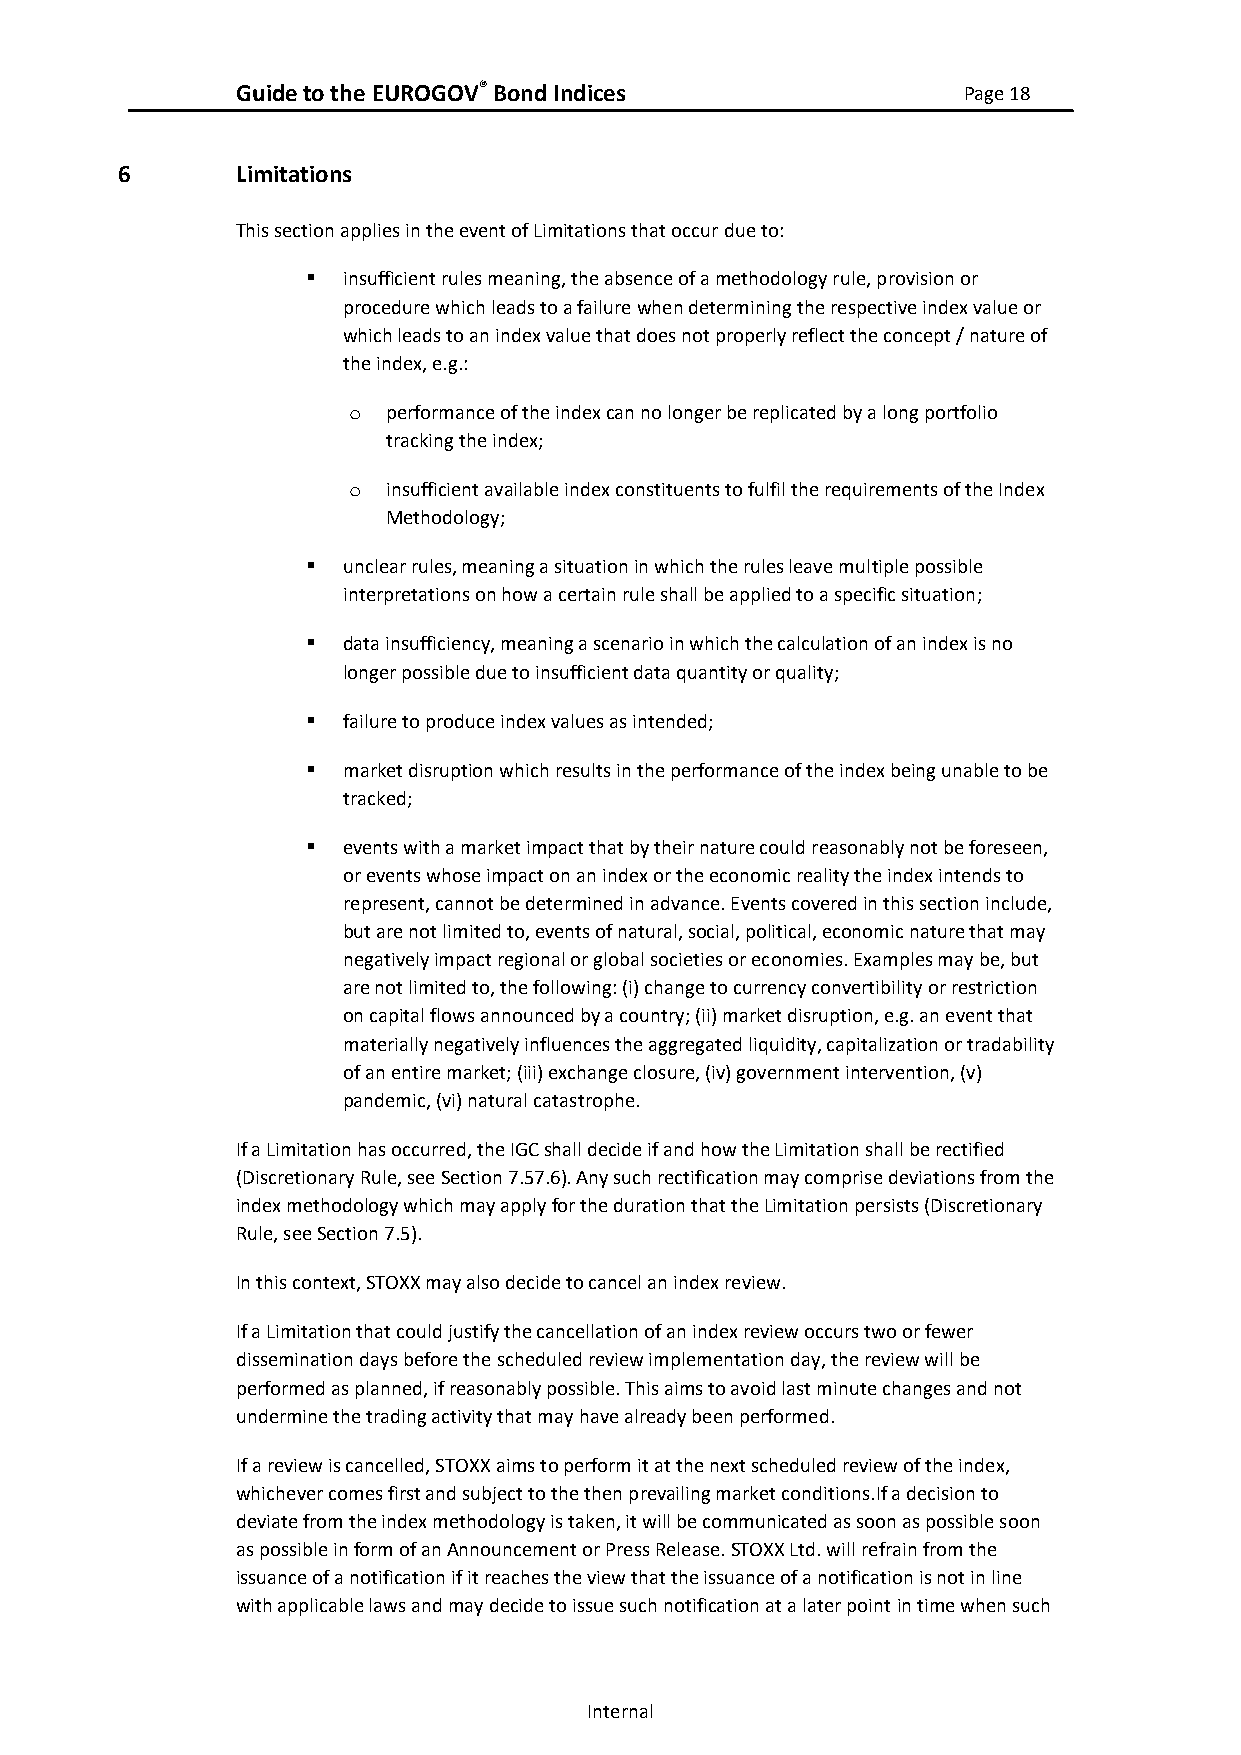
Guide to the EUROGOV® Bond Indices              Page 18
 6       Limitations
 This section applies in the event of Limitations that occur due to:
 ▪  insufficient rules meaning, the absence of a methodology rule, provision or
 procedure which leads to a failure when determining the respective index value or
 which leads to an index value that does not properly reflect the concept / nature of
 the index, e.g.:
 o  performance of the index can no longer be replicated by a long portfolio
 tracking the index;
 o  insufficient available index constituents to fulfil the requirements of the Index
 Methodology;
 ▪  unclear rules, meaning a situation in which the rules leave multiple possible
 interpretations on how a certain rule shall be applied to a specific situation;
 ▪  data insufficiency, meaning a scenario in which the calculation of an index is no
 longer possible due to insufficient data quantity or quality;
 ▪  failure to produce index values as intended;
 ▪  market disruption which results in the performance of the index being unable to be
 tracked;
 ▪  events with a market impact that by their nature could reasonably not be foreseen,
 or events whose impact on an index or the economic reality the index intends to
 represent, cannot be determined in advance. Events covered in this section include,
 but are not limited to, events of natural, social, political, economic nature that may
 negatively impact regional or global societies or economies. Examples may be, but
 are not limited to, the following: (i) change to currency convertibility or restriction
 on capital flows announced by a country; (ii) market disruption, e.g. an event that
 materially negatively influences the aggregated liquidity, capitalization or tradability
 of an entire market; (iii) exchange closure, (iv) government intervention, (v)
 pandemic, (vi) natural catastrophe.
 If a Limitation has occurred, the IGC shall decide if and how the Limitation shall be rectified
 (Discretionary Rule, see Section 7.57.6). Any such rectification may comprise deviations from the
 index methodology which may apply for the duration that the Limitation persists (Discretionary
 Rule, see Section 7.5).
 In this context, STOXX may also decide to cancel an index review.
 If a Limitation that could justify the cancellation of an index review occurs two or fewer
 dissemination days before the scheduled review implementation day, the review will be
 performed as planned, if reasonably possible. This aims to avoid last minute changes and not
 undermine the trading activity that may have already been performed.
 If a review is cancelled, STOXX aims to perform it at the next scheduled review of the index,
 whichever comes first and subject to the then prevailing market conditions.If a decision to
 deviate from the index methodology is taken, it will be communicated as soon as possible soon
 as possible in form of an Announcement or Press Release. STOXX Ltd. will refrain from the
 issuance of a notification if it reaches the view that the issuance of a notification is not in line
 with applicable laws and may decide to issue such notification at a later point in time when such
 Internal